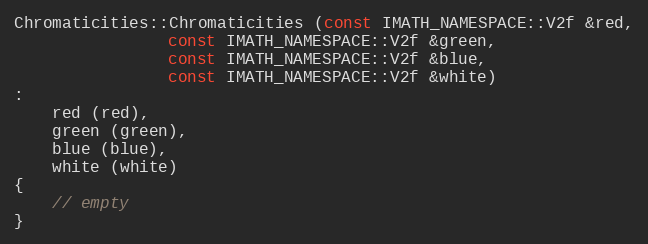
Language: C++
Chromaticities::Chromaticities (const IMATH_NAMESPACE::V2f &red,
				const IMATH_NAMESPACE::V2f &green,
				const IMATH_NAMESPACE::V2f &blue,
				const IMATH_NAMESPACE::V2f &white)
:
    red (red),
    green (green),
    blue (blue),
    white (white)
{
    // empty
}